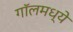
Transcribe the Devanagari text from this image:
गॉलमध्ये